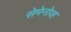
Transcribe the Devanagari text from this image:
सेमेनोव्ह